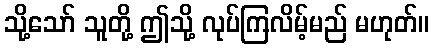
သို့သော် သူတို့ ဤသို့ လုပ်ကြလိမ့်မည် မဟုတ်။